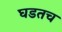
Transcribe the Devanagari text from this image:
घडतच